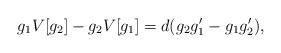
LaTeX: \begin{align*} g_1 V[g_2 ] - g_2 V[g_1] = d (g_2 g_1' - g_1 g_2' ), \end{align*}